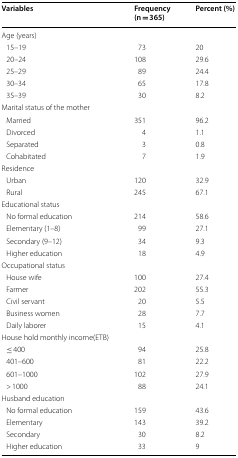
<table><thead><tr><td><b>Variables</b></td><td><b>Frequency (n = 365)</b></td><td><b>Percent (%)</b></td></tr></thead><tbody><tr><td colspan="3">Age (years)</td></tr><tr><td> 15–19</td><td>73</td><td>20</td></tr><tr><td> 20–24</td><td>108</td><td>29.6</td></tr><tr><td> 25–29</td><td>89</td><td>24.4</td></tr><tr><td> 30–34</td><td>65</td><td>17.8</td></tr><tr><td> 35–39</td><td>30</td><td>8.2</td></tr><tr><td colspan="3">Marital status of the mother</td></tr><tr><td> Married</td><td>351</td><td>96.2</td></tr><tr><td> Divorced</td><td>4</td><td>1.1</td></tr><tr><td> Separated</td><td>3</td><td>0.8</td></tr><tr><td> Cohabitated</td><td>7</td><td>1.9</td></tr><tr><td colspan="3">Residence</td></tr><tr><td> Urban</td><td>120</td><td>32.9</td></tr><tr><td> Rural</td><td>245</td><td>67.1</td></tr><tr><td colspan="3">Educational status</td></tr><tr><td> No formal education</td><td>214</td><td>58.6</td></tr><tr><td> Elementary (1–8)</td><td>99</td><td>27.1</td></tr><tr><td> Secondary (9–12)</td><td>34</td><td>9.3</td></tr><tr><td> Higher education</td><td>18</td><td>4.9</td></tr><tr><td colspan="3">Occupational status</td></tr><tr><td> House wife</td><td>100</td><td>27.4</td></tr><tr><td> Farmer</td><td>202</td><td>55.3</td></tr><tr><td> Civil servant</td><td>20</td><td>5.5</td></tr><tr><td> Business women</td><td>28</td><td>7.7</td></tr><tr><td> Daily laborer</td><td>15</td><td>4.1</td></tr><tr><td colspan="3">House hold monthly income(ETB)</td></tr><tr><td> ≤ 400</td><td>94</td><td>25.8</td></tr><tr><td> 401–600</td><td>81</td><td>22.2</td></tr><tr><td> 601–1000</td><td>102</td><td>27.9</td></tr><tr><td> &gt; 1000</td><td>88</td><td>24.1</td></tr><tr><td colspan="3">Husband education</td></tr><tr><td> No formal education</td><td>159</td><td>43.6</td></tr><tr><td> Elementary</td><td>143</td><td>39.2</td></tr><tr><td> Secondary</td><td>30</td><td>8.2</td></tr><tr><td> Higher education</td><td>33</td><td>9</td></tr></tbody></table>